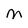
Character: M